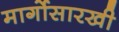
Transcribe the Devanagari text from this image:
मार्गोसारखी